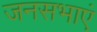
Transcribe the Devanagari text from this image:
जनसभाएं